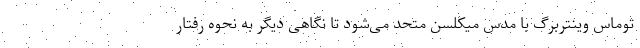
توماس وینتربرگ با مدس میکلسن متحد می‌شود تا نگاهی دیگر به نحوه رفتار